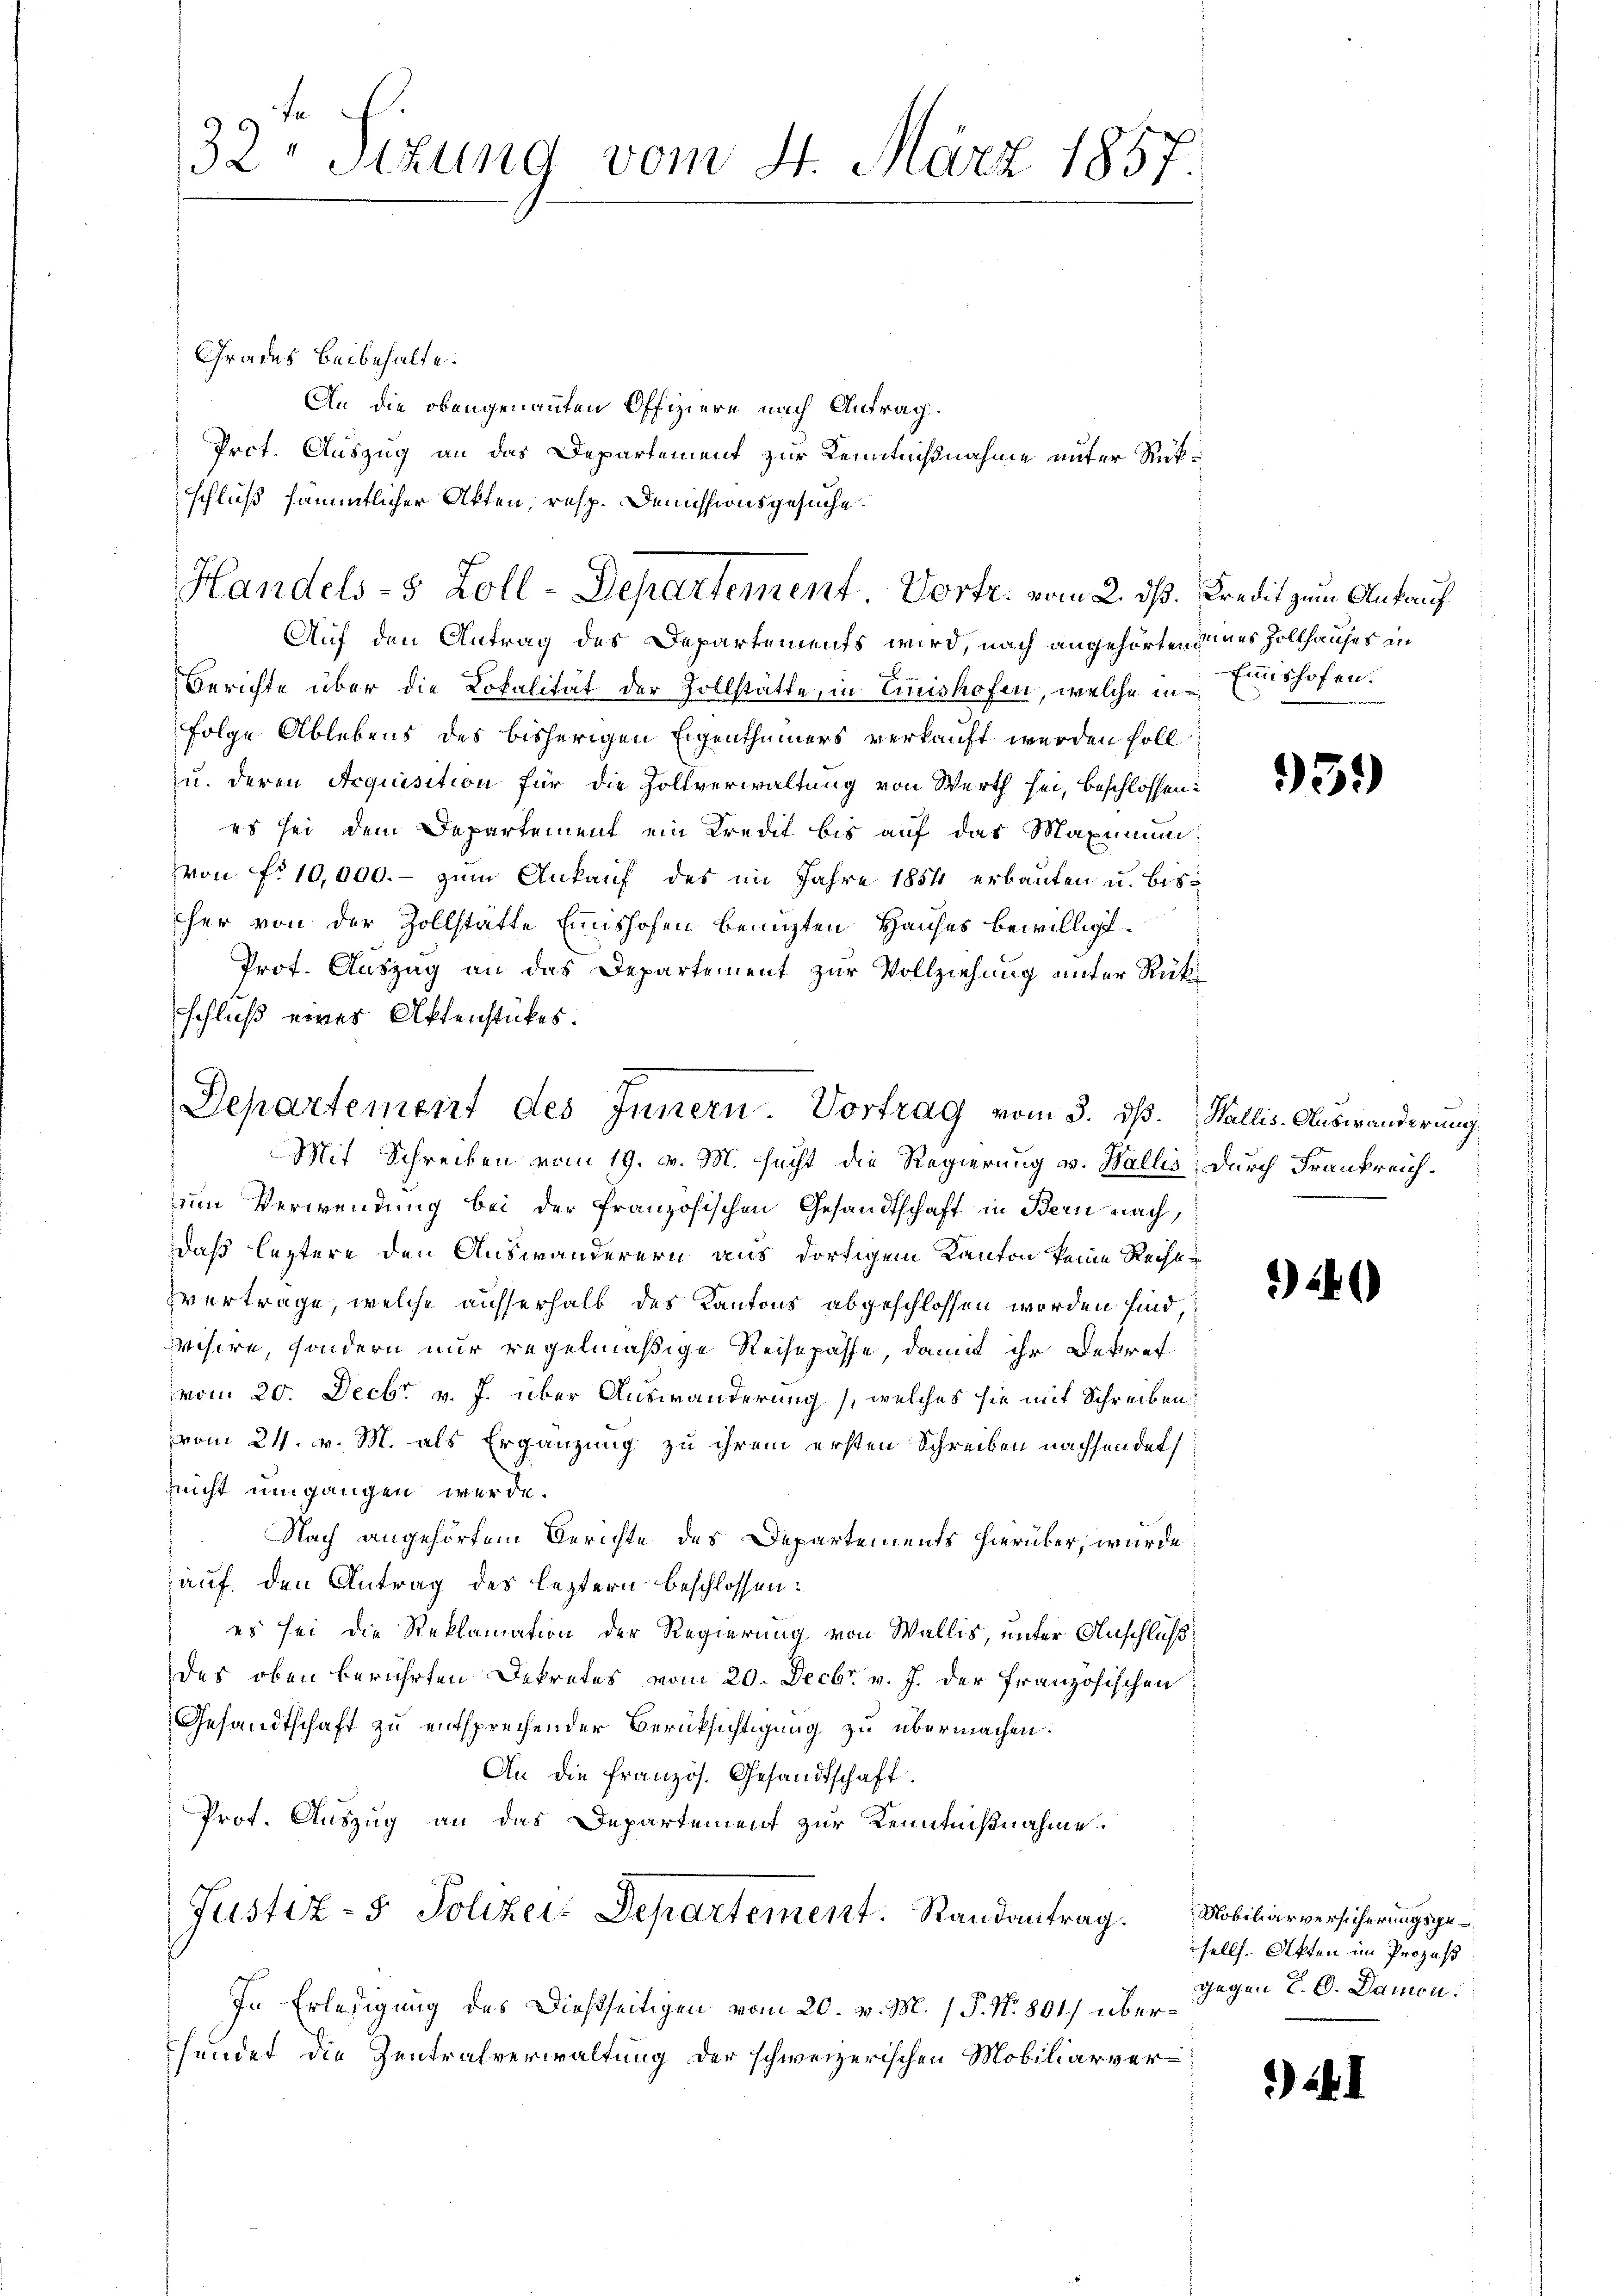
32 Sttung vom 4. März 1857

Grades Beibehalte.
An die obengenannten Offiziere nach Antrag.
Prot. Auszug an das Departement zur Kenntnißnahme unter Rückschluß sämmtlicher Akten, resp. Demissionsgesuche.

Handels- 8 Zoll-Departement. Vortr. vom 2. dß. Kredit zum Ankauf

Auf den Antrag des Departements wird, nach angehörten eines Zollhauses in
Berichte über die Lokalität der Zollstätte in Emishofen, welche in Einshofen.
Folge Ablebens des bisherigen Eigenthümers verkauft werden soll
u. deren Acquisition für die Zollverwaltung von Werth sei, beschlossen:
es sei dem Departement ein Kredit bis auf das Maximum
von No 10,000.- zum Ankauf des im Jahre 1851 erbauten u. bisher von der Zollstätte Einishofen benuzten Hauses bewilligt.
Prof. Auszug an das Departement zur Vollziehung unter Rückschluß eines Aktenstückes.
Mit Schreiben vom 19. v. M. sucht die Regierung v. Wallis, durch Frankreichum Verwendung bei der französischen Gesandtschaft in Bern nach,
daß leztere den Auswanderern aus dortigem Kanton keine Recht
vertrage, welche ausserhalb des Kantons abgeschlossen werden sind,
visire, sondern nur regelmäßige Reisepässe, damit ihr Dekret
vom 20. Decbr v. J. über Auswanderung), welches sie mit Schreiben,
vom 24. v. M. als Ergänzung zu ihrem ersten Schreiben nachsendet,
nicht umgangen werde.
Nach angehörtem Berichte des Departements hierüber, wurde
auf den Antrag des leztern beschlossen:
es sei die Reklamation der Regierung von Wallis, unter Anschluß
des oben berührten Dekretes vom 20. Decbr. v. J. der Französischen
Gesandtschaft zu entsprechender Berücksichtigung zu übermachen.
An die französ. Gesandtschaft.
Prot. Auszug an das Departement zur Kenntnißnahme.
Justiz- & Polizei- Departement. Randantrag. Mobiliarversicherungsge¬
In Erledigung des Dießseitigen vom 20. v. M. / P. Nr. 801.) überhundet die Zentralverwaltung der schweizerischen Mobiliarver¬

Departement des Innern Vortrag vom 3. ds. Stallis-Auswanderung

93.)

)

hell. Akten im Prozeß
gegen L. C. Damen

)